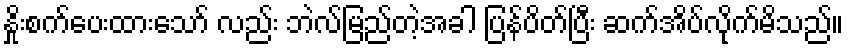
နှိုးစက်ပေးထားသော် လည်း ဘဲလ်မြည်တဲ့အခါ ပြန်ပိတ်ပြီး ဆက်အိပ်လိုက်မိသည်။